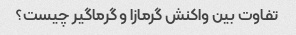
تفاوت بین واکنش گرمازا و گرماگیر چیست؟